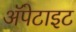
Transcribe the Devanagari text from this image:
अॅपेटाइट